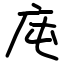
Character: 庉